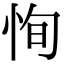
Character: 恂